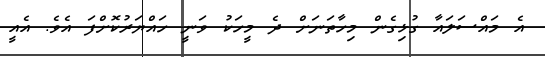
އެ މައްސަލައާ ގުޅިގެން މިހާތަނަށް ދެ މީހަކު ވަނީ ހައްޔަރުކޮށްފަ އެވެ. އެއީ